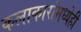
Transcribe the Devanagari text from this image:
कलाकारांमध्येही